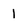
Character: 1